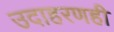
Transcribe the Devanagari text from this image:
उदाहरणही